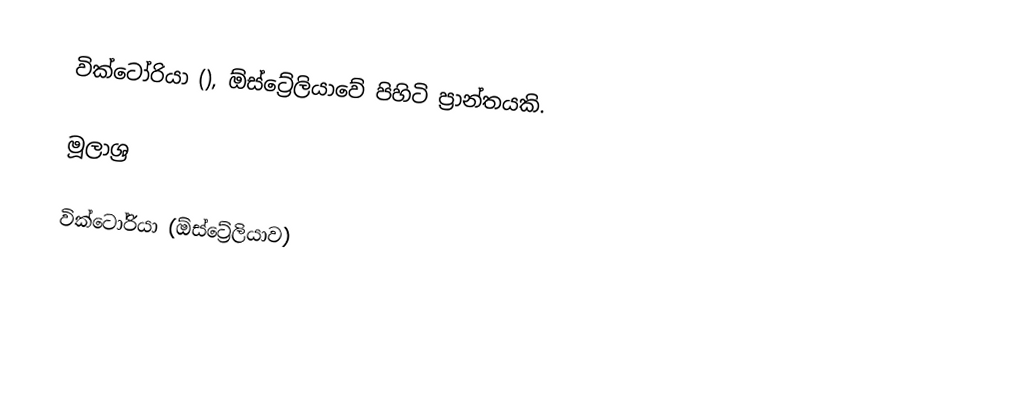
වික්ටෝරියා (), ඕස්ට්‍රේලියාවේ පිහිටි ප්‍රාන්තයකි.

මූලාශ්‍ර

වික්ටෝරියා (ඕස්ට්‍රේලියාව)